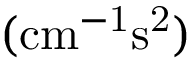
( \mathrm { c m ^ { - 1 } s ^ { 2 } } )